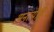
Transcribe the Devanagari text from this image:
अनत्येष्टि